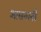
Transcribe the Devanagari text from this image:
शासनानी